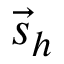
{ \vec { s } } _ { h }